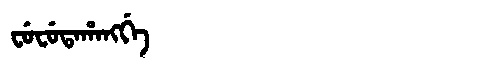
Manchu: ᠸᡠᠸᡠᡨᠠᡥᠠᠩᡤᡝ
Romanization: FUFUTAHANGGE